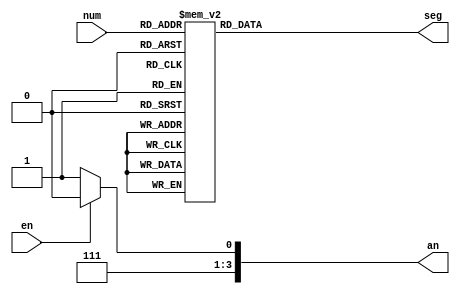
`timescale 1ns / 1ps

module BCD(
input [3:0]num,
input en,
output reg [0:6]seg,
output reg [3:0]an
    );
    
always @ (*) begin
    case(num)
        4'b0000:  seg = 7'b0000001;
        4'b0001:  seg = 7'b1001111;
        4'b0010:  seg = 7'b0010010;
        4'b0011:  seg = 7'b0000110;
        4'b0100:  seg = 7'b1001100;
        4'b0101:  seg = 7'b0100100;
        4'b0110:  seg = 7'b0100000;
        4'b0111:  seg = 7'b0001110;
        4'b1000:  seg = 7'b0000000;
        4'b1001:  seg = 7'b0000100;
        4'b1010: seg = 7'b0001000;
        4'b1011: seg = 7'b1100000;
        4'b1100: seg = 7'b0110001;
        4'b1101: seg = 7'b1000010;
        4'b1110: seg = 7'b0110000;
        4'b1111: seg = 7'b0111000;
        default: seg = 7'b1111111;
    endcase
    
    if(en) begin
        an = 4'b1110;
    end else begin
        an = 4'b1111;
    end
    
    end

endmodule